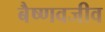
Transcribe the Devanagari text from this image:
बैष्णवजीव